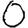
Digit: 0